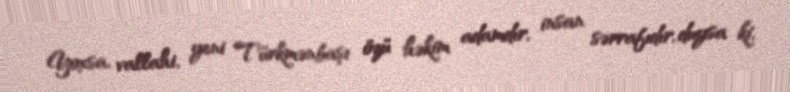
Yoxsa, vallahi, yeni Türkmənbaşı özü həkim adamdır, insan sərrafıdır, duysa ki,